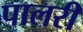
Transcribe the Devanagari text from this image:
पालरी